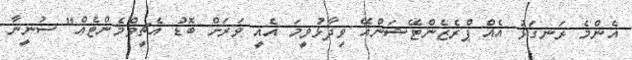
އެންމެ ރަނގަޅު އެއް ޕްރެޒެންޓޭޝަންއޭ ވިދާޅުވީމަ އެއީ ވަރަށް ބޮޑު އެޗީވްމެންޓެއް" ސުނީނާ